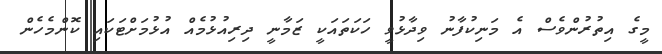
މީގެ އިތުރުންވެސް އެ މަނިކުފާނު ވިދާޅުވީ ހަކަތައަކީ ޒަމާނީ ދިރިއުޅުމެއް އުޅުމަށްޓަކައި ކޮންމެހެން